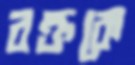
রক্তকে